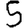
Digit: 5